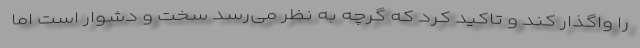
را واگذار کند و تاکید کرد که گرچه به نظر می‌رسد سخت و دشوار است اما